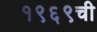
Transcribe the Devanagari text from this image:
१९६९ची